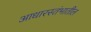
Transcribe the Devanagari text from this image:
आधारस्तंभातील